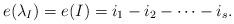
LaTeX: \begin{align*}e(\lambda_I)=e(I)=i_1-i_2-\cdots-i_s.\end{align*}